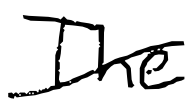
Text: The
Cross-out: diagonal
Writing tool: digital_black